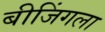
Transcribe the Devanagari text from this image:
बीजिंगला